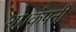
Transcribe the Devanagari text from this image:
था।कंपनी